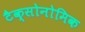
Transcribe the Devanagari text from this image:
टैक्सोनोमिक